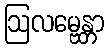
ဩလမ္ဗေန္တာ